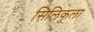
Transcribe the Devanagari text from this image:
सिलिकुला